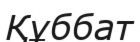
Құббат